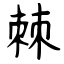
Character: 棘